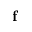
\mathbf { f }